Leaving Certificate Examination (including Day School Certificate (Higher) General paper), 1934
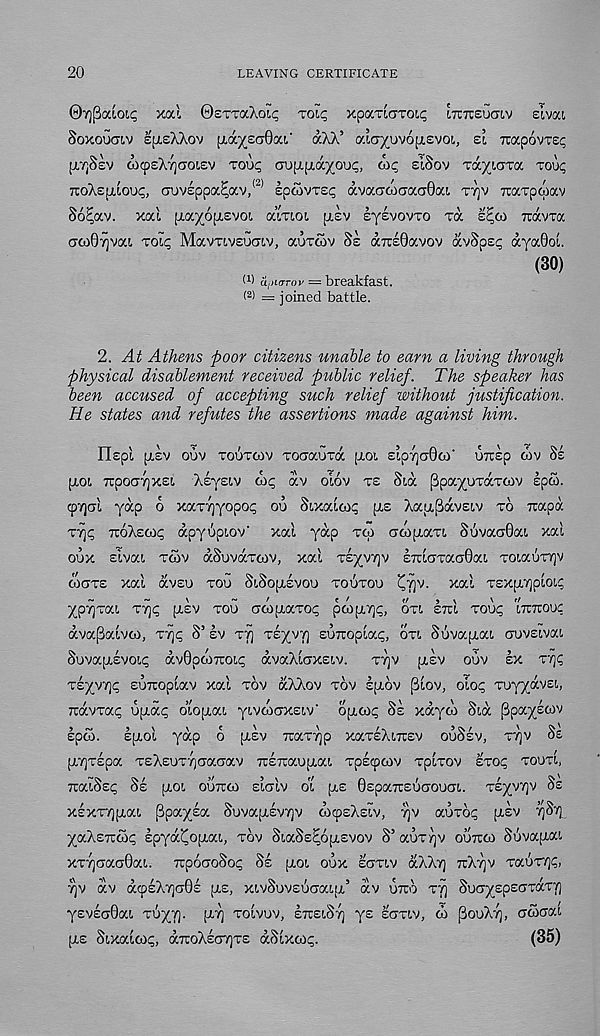
20
LEAVING CERTIFICATE
©Tj^aioii; xocl ©STTOCAOK; TOI^ xpaTLGTOic OTTLCUGLV slvai
SoxoGcnv SUSXAOV [jAyza^c/j.' aAA’ aia^uvopievoi, EL Tvapovxzc
[irfihj GxpEXTjcroLEV voup auu^a'/oup, oic ELSOV Ta/Laxa xou<;
XOXEJJLLOUC, auvEppa^av/ 2 ’ spoivTsc avaGCOGaaOxi TTJV Traxpwav
S62av. xal piayopLEvoL aiXLOL pisv eyevovTO xa E?OD Travxa
<7CO07]vaL XOLC Mavxivsufjiv, auxcov SE airsOavov avSpsc aya0o[.
(30)
t 1 ) U.IL/TTOV = breakfast.
(2) : joined battle.
2. ^4i( Athens poor citizens unable to earn a living through
physical disablement received public relief. The speaker has
been accused of accepting such relief without justification.
He states and refutes the assertions made against him.
IIspl plEV OUV XOUXOJV XOGOCUXO, [J.OL ELp7]CT0tO' UTTEp COV Ss
plot TrpoCTTjXEL XsyELV ox; ocv olov xs SLGC [Bpayoxcxxoiv spw.
cp'/jal yap o xaxyyopo; oo Sixaioi; pts XaptfSavELv xo xapa
xyc "OXEOI; apyupiov' xat yap xoi cjoiptaxL SuvaaOai xal
oux Eivai xwv aSuvaxcov, xal xsyvyv ETtLaxaCT0ai xoiauxyv
OKJXE xal avsi) xou SiSoptEvou xouxou '^yv. xal xERptypLOLC
ypyxat xy<; [LEV xou crwptaxo!; pcopiy^, OXL ETUL XOU<; LTUTUOUC
avapaLVOi, xy<; S’ sv ryj xlyva) EUTtoptai;, OXL SuvaptaL auvELvat
SuvapiEVOLp av0pd)7TOLc dvaXlcrxELv.
xyv [LEV OUV EX xyc
xsyvyc suTtopLav xal xov dXXov xov spiov t 0iov, OLO<; xuyydvEL,
Ttdvxap uptdc; OLOpLai yLvcoaxsiv' opLOi; SE xdyoo SLCC ^payeoiv
Ipco.
EpLol yap o ptsv —axyp xaxsXLTrsv OUSEV, xyv Se
pLTjxspa XEXEuxrjaaaav TtETtaupLaL xpscpcov xplxov sxoi; XOUXL,
TraiSEp Se ptOL OUTTCO ELCJLV OL ye 0sparesUCTOUCTL. xeyvyv Se
xsxxypLaL jSpaysa Suvauivyv dxpeXeLv, yv auro; [LEV ySy
yaXertOK; spya^optaL, xov SLaSs^opLEVov S’ auxyv ourcco SuvapiaL
xxycaa0aL. rrpoaoSoy SE [LOL OUX EXXLV dXXy rtXyv xaGxy?,
yv dv dcpeXya0E pis, xLvSuvEUCTaLjL 5 dv urro xy SuCTyEpeoxaTy
y£V£a0aL xuyy. pty XOLVUV, ErtELSy ye ECTXLV, d> (3ouXy, aSxycd
[LE Sixalcoi;, drroXeoyxe dSlxoR;.
(35)